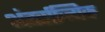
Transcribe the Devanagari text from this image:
अंतर्राज्यिक